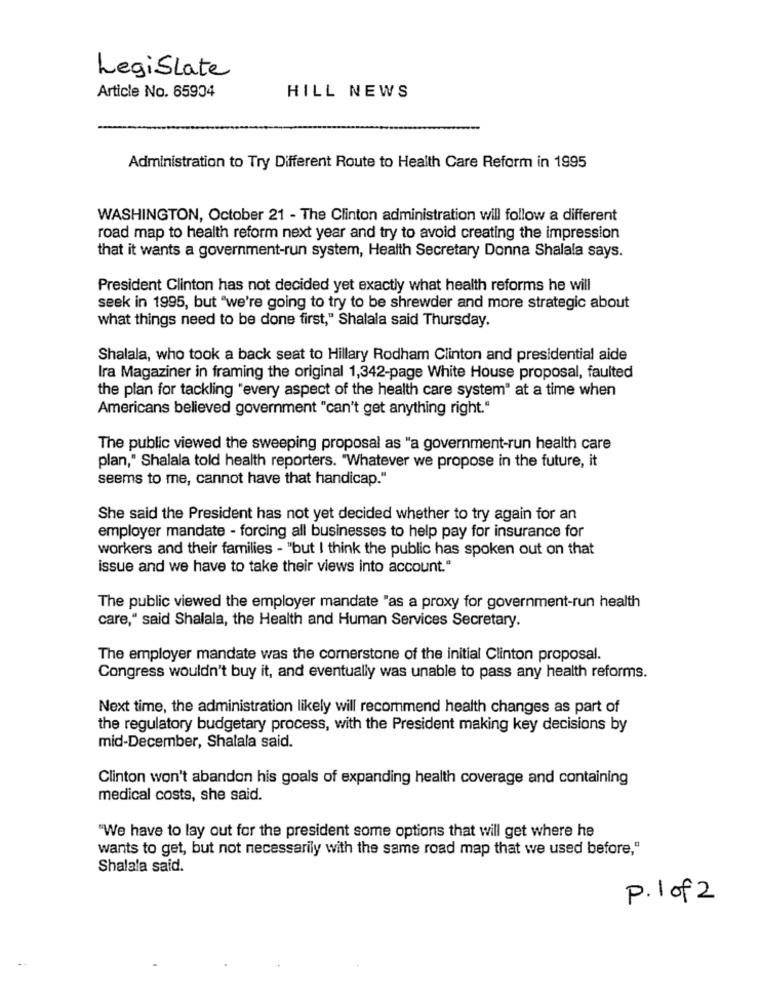
Legislate
Article No. 65904
HILL NEWS
Administration to Try Different Route to Health Care Reform in 1995
WASHINGTON, October 21 - The Clinton administration will follow a different
road map to health reform next year and try to avoid creating the impression
that it wants a government-run system, Health Secretary Donna Shalala says.
President Clinton has not decided yet exactly what health reforms he will
seek in 1995, but "we're going to try to be shrewder and more strategic about
what things need to be done first," Shalala said Thursday.
Shalala, who took a back seat to Hillary Rodham Clinton and presidential aide
Ira Magaziner in framing the original 1,342-page White House proposal, faulted
the plan for tackling "every aspect of the health care system" at a time when
Americans believed government "can't get anything right."
The public viewed the sweeping proposal as "a government-run health care
plan," Shalala told health reporters. "Whatever we propose in the future, it
seems to me, cannot have that handicap."
She said the President has not yet decided whether to try again for an
employer mandate - forcing all businesses to help pay for insurance for
workers and their families - "but I think the public has spoken out on that
issue and we have to take their views into account."
The public viewed the employer mandate "as a proxy for government-run health
care," said Shalala, the Health and Human Services Secretary.
The employer mandate was the cornerstone of the initial Clinton proposal.
Congress wouldn't buy it, and eventually was unable to pass any health reforms.
Next time, the administration likely will recommend health changes as part of
the regulatory budgetary process, with the President making key decisions by
mid-December, Shalala said.
Clinton won't abandon his goals of expanding health coverage and containing
medical costs, she said.
"We have to lay out for the president some options that will get where he
wants to get, but not necessarily with the same road map that we used before,"
Shalala said.
P.1 of 2